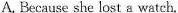
A. Because she lost a watch.